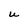
Character: U